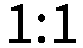
1:1